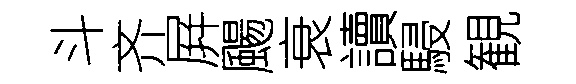
斗齐屛颺衰讀駸観